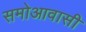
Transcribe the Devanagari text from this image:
समोआवासी